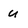
Character: u